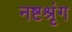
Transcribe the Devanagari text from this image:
नष्टश्रृंग